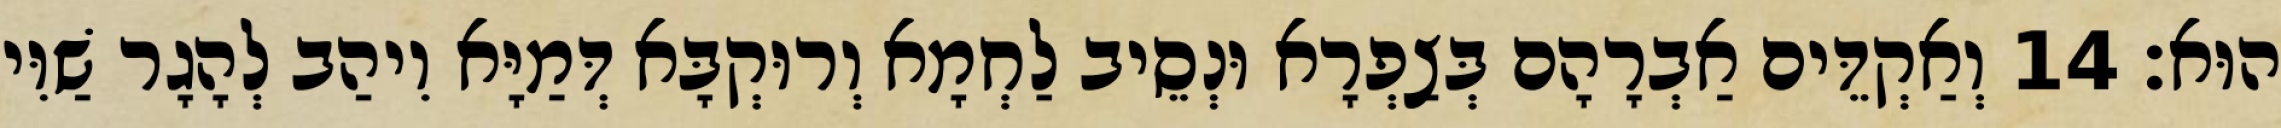
הוּא׃ 14 וְאַקְדֵּים אַבְרָהָם בְּצַפְרָא וּנְסֵיב לַחְמָא וְרוּקְבָּא דְּמַיָּא וִיהַב לְהָגָר שַׁוִּי